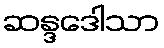
ဆန္ဒဒေါသာ